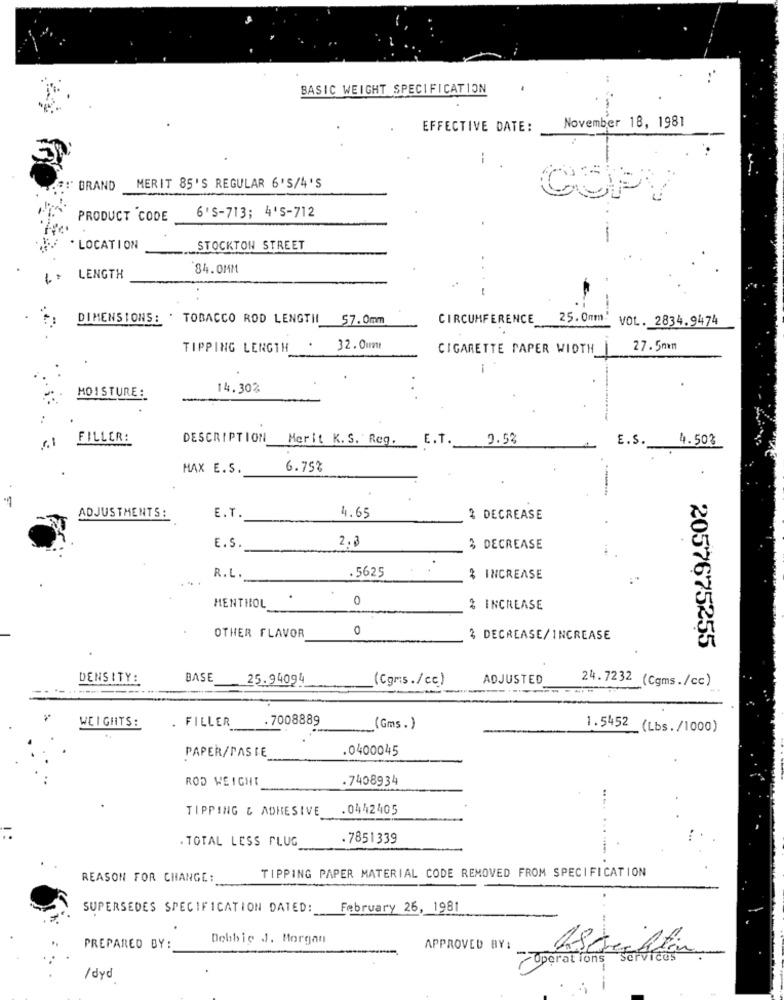
BASIC WEIGHT SPECIFICATION
EFFECTIVE DATE:
November 18, 1981
--
BRAND
MERIT 85'S REGULAR 6'S/4'S
COPY
6'S-713; 4'S-712
PRODUCT CODE
. LOCATION
STOCKTON STREET
84.0MM
..
LENGTH
DIMENSIONS: . TOBACCO ROD LENGTHI 57.0mm
CIRCUMFERENCE
25.0mm:
VOL. 2834.9474
TIPPING LENGTH
32.0um
CIGARETTE PAPER WIDTH
27.5mm
-
14.30%
MOISTURE :
FILLER:
DESCRIPTION
Merit K. S. Reg.
E.T.
9.53
E.S.
4.50%
MAX E.S.
6.75%
ADJUSTMENTS:
E.T.
4.65
2 DECREASE
2.3
E.S.
$ DECREASE
R.L.
.5625
% INCREASE
MENTHOL
.
0
& INCREASE
0
OTHER FLAVOR
2 DECREASE/INCREASE
2057675255
DENSITY:
BASE
25.94094
(Cgms./cc)
ADJUSTED
24.7232 (Cgms./cc)
. FILLER
.7008889
WEIGHTS:
(Gms.)
1.5452 (Lbs./1000)
PAPER/PASTE
.0400045
ROD WEIGHT
.7408934
TIPPING & ADHESIVE
.0442405
. TOTAL LESS PLUG
. 7851339
TIPPING PAPER MATERIAL CODE REMOVED FROM SPECIFICATION
REASON FOR CHANGE:
SUPERSEDES SPECIFICATION DATED:
February 26, 1981
Debbie J. Morgan
PREPARED BY:
APPROVED BY:
Operations 3
/ dyd